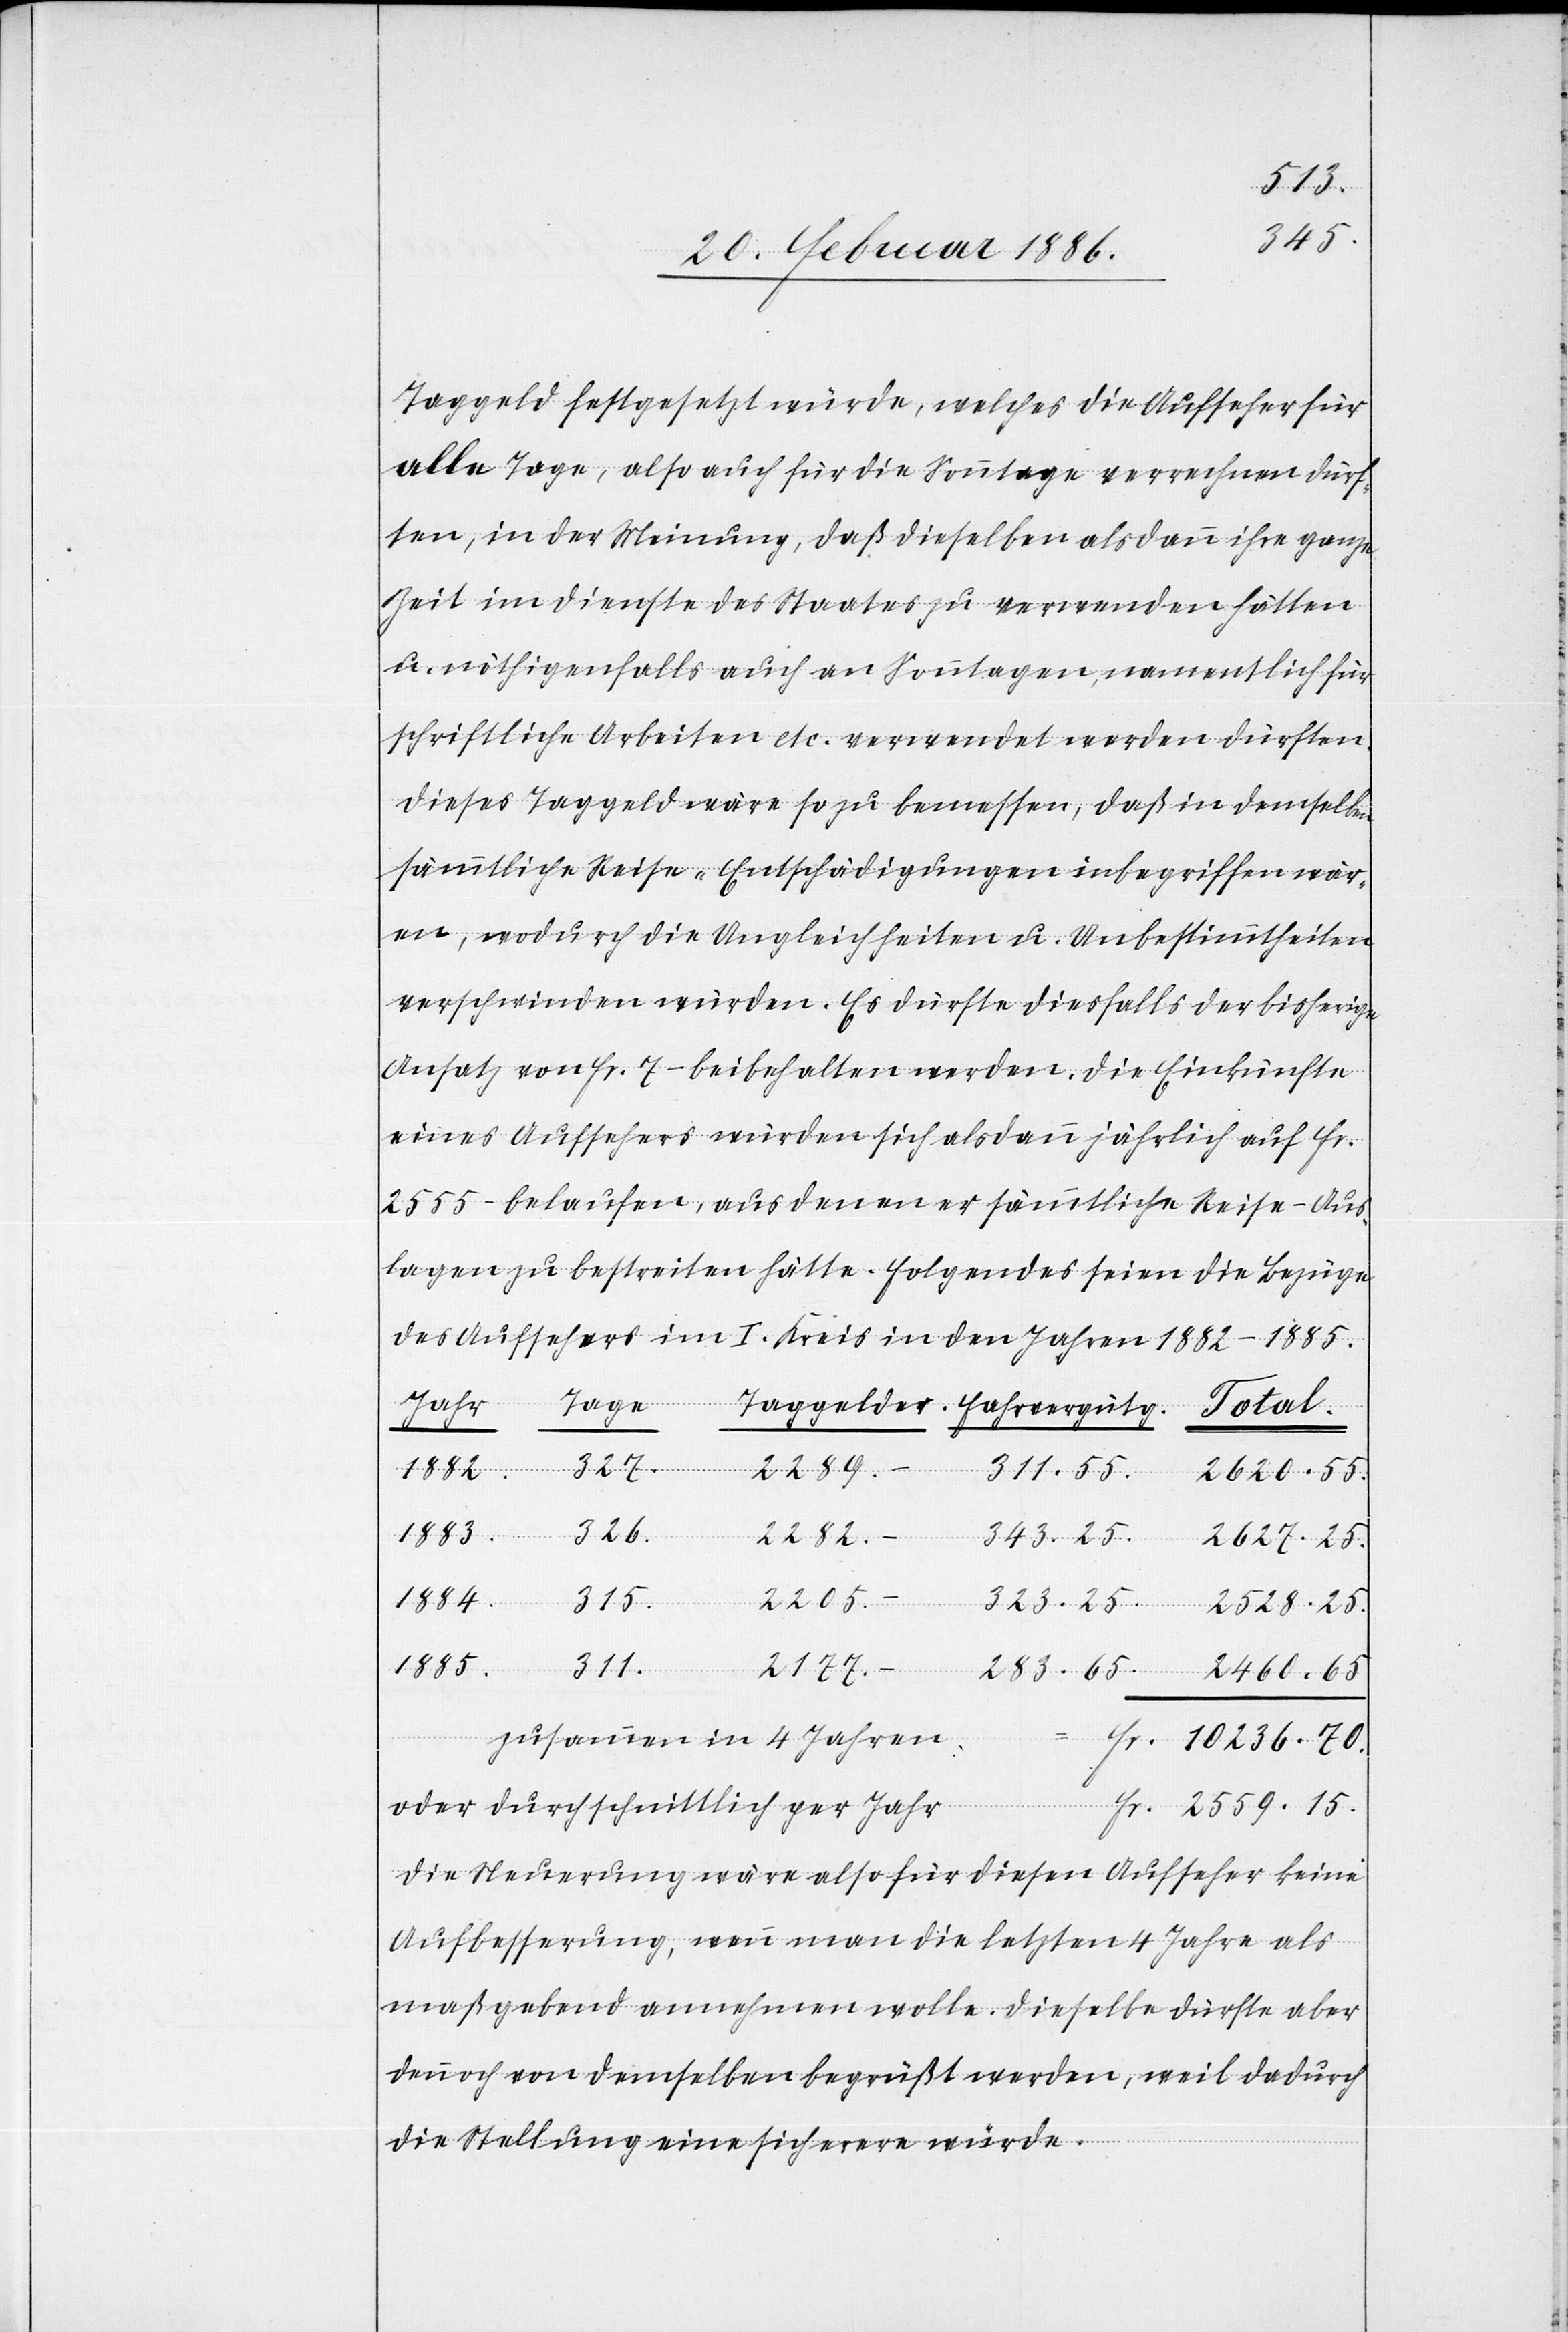
Taggeld festgesetzt würde, welches die Aufseher für
alle Tage, also auch für die Sonntage verrechnen dürf¬
ten, in der Meinung, daß dieselbe alsdann ihre ganze
Zeit im Dienste des Staates zu verwenden hätten
u. nöthigenfalls auch an Sonntagen, namentlich für
schriftliche Arbeiten etc. verwendet werden dürften.
Dieses Tagegeld wäre so zu bemessen, daß in demselben
sämmtliche Reise-Entschädigungen inbegriffen wär¬
en, wodurch die Ungleichheiten u. Unbestimmtheiten
verschwinden würden. Es dürfte diesfalls der bisherige
Ansatz von Fr. 7.– beibehalten werden. Die Einkünfte
eines Aufsehers würden sich alsdann jährlich auf Fr.
2555.– belaufen, aus denen er sämmtliche Reise-Aus¬
lagen zu bestreitern hätte. Folgendes seien die Bezüge
des Aufsehers im I. Kreis in den Jahren 1882–1885.
Tage
Jahr.
Total
2289.–
327.
1882.
311.55.
2620.55.
gelder
1883.
326.
2205.–
2627.25.
Fr.
1884.
323.25.
315.
2528.25.
1885.
311.
283.65.
2177.–
2460.65.
zusammen in 4 Jahren:
10236.70.
2559.15.
oder durchschnittlich per Jahr
Die Steuerung wäre also für diesen Aufseher keine
Aufbesserung, wenn man die letzten 4 Jahre als
maßgebend annehmen wolle. Dieselbe dürfte aber
dennoch von demselben begrüßt werden, weil dadurch
die Stellung eine sichere würde.